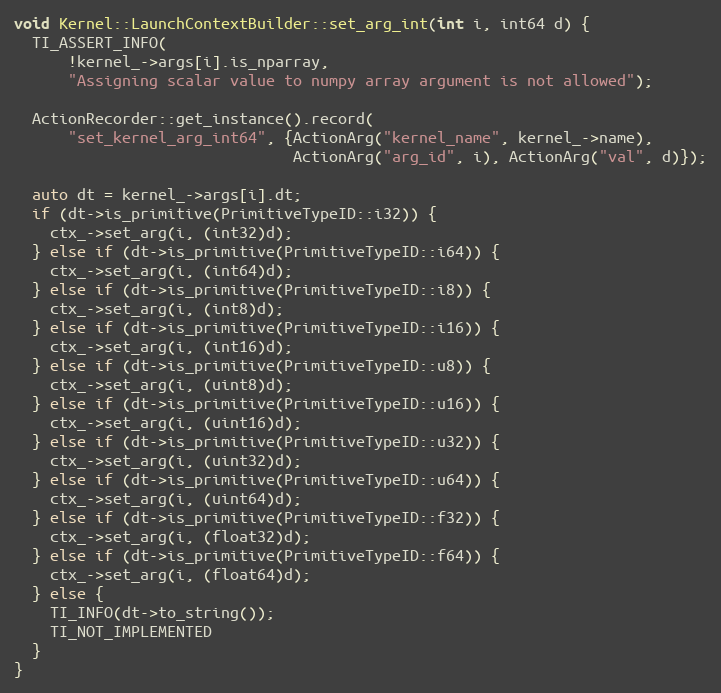
Language: C++
void Kernel::LaunchContextBuilder::set_arg_int(int i, int64 d) {
  TI_ASSERT_INFO(
      !kernel_->args[i].is_nparray,
      "Assigning scalar value to numpy array argument is not allowed");

  ActionRecorder::get_instance().record(
      "set_kernel_arg_int64", {ActionArg("kernel_name", kernel_->name),
                               ActionArg("arg_id", i), ActionArg("val", d)});

  auto dt = kernel_->args[i].dt;
  if (dt->is_primitive(PrimitiveTypeID::i32)) {
    ctx_->set_arg(i, (int32)d);
  } else if (dt->is_primitive(PrimitiveTypeID::i64)) {
    ctx_->set_arg(i, (int64)d);
  } else if (dt->is_primitive(PrimitiveTypeID::i8)) {
    ctx_->set_arg(i, (int8)d);
  } else if (dt->is_primitive(PrimitiveTypeID::i16)) {
    ctx_->set_arg(i, (int16)d);
  } else if (dt->is_primitive(PrimitiveTypeID::u8)) {
    ctx_->set_arg(i, (uint8)d);
  } else if (dt->is_primitive(PrimitiveTypeID::u16)) {
    ctx_->set_arg(i, (uint16)d);
  } else if (dt->is_primitive(PrimitiveTypeID::u32)) {
    ctx_->set_arg(i, (uint32)d);
  } else if (dt->is_primitive(PrimitiveTypeID::u64)) {
    ctx_->set_arg(i, (uint64)d);
  } else if (dt->is_primitive(PrimitiveTypeID::f32)) {
    ctx_->set_arg(i, (float32)d);
  } else if (dt->is_primitive(PrimitiveTypeID::f64)) {
    ctx_->set_arg(i, (float64)d);
  } else {
    TI_INFO(dt->to_string());
    TI_NOT_IMPLEMENTED
  }
}